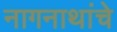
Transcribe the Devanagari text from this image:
नागनाथांचे